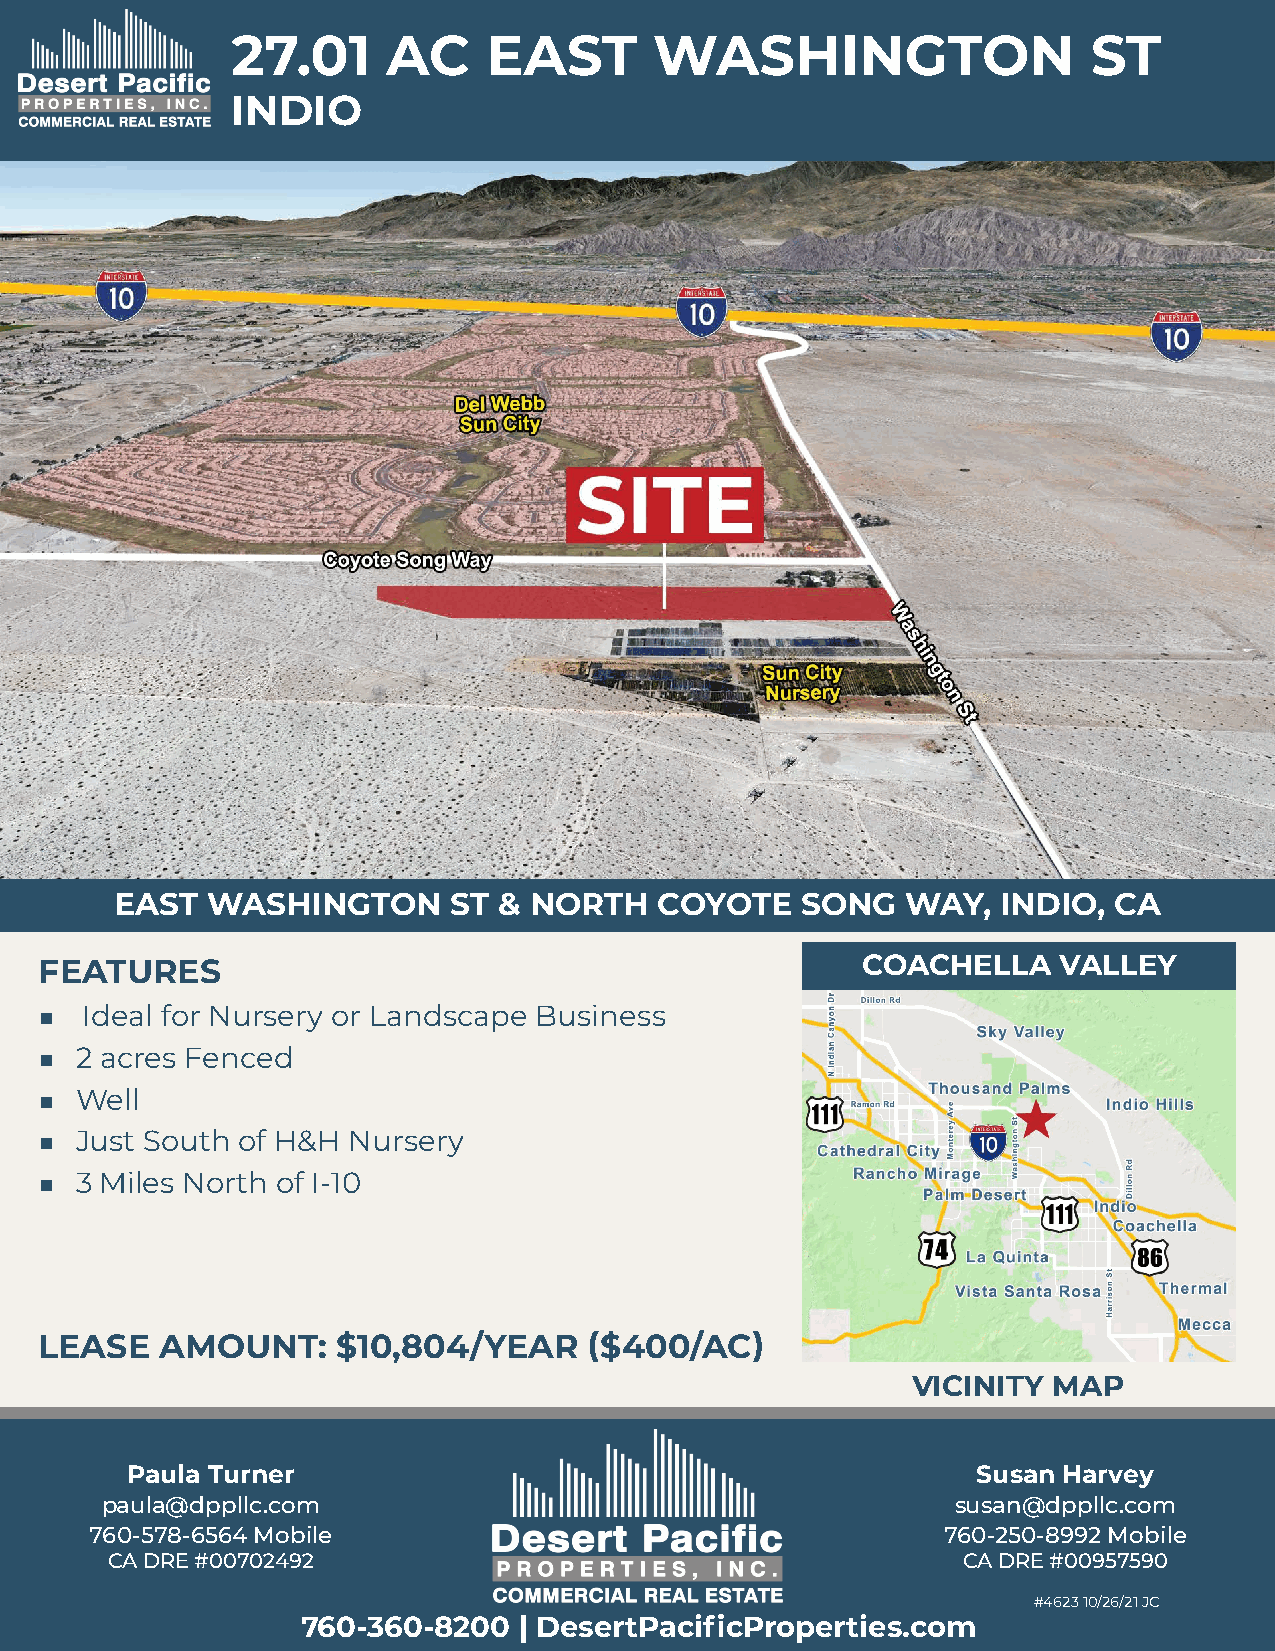
27.01      AC    EAST       WASHINGTON                   ST
 INDIO
 EAST  WASHINGTON      ST & NORTH    COYOTE   SONG   WAY,  INDIO,  CA
 FEATURES                                              COACHELLA    VALLEY
 ■  Ideal for Nursery or Landscape Business
 ■ 2 acres Fenced
 ■ Well
 ■ Just South of H&H Nursery
 ■ 3 Miles North of I-10
 LEASE   AMOUNT:    $10,804/YEAR     ($400/AC)
 VICINITY  MAP
 Paula Turner                                             Susan Harvey
 paula@dppllc.com                                        susan@dppllc.com
 760-578-6564 Mobile                                     760-250-8992 Mobile
 CA DRE #00702492                                         CA DRE #00957590
 #4623 10/26/21 JC
 760-360-8200  | DesertPacificProperties.com